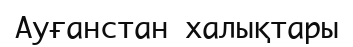
Ауғанстан халықтары